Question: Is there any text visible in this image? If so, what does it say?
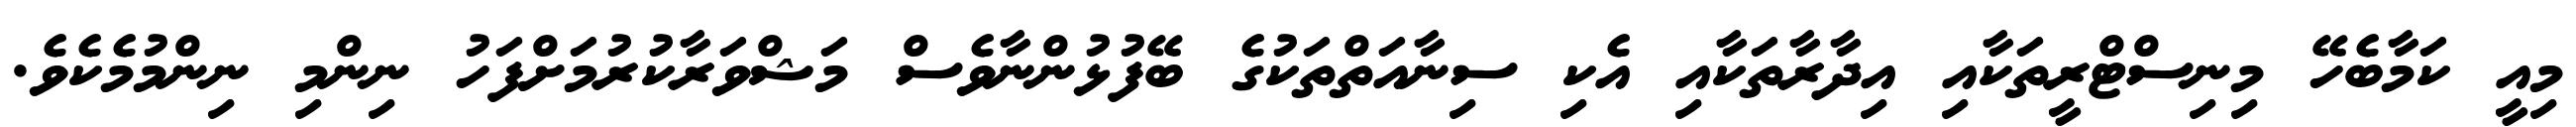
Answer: މިއީ ކަމާބެހޭ މިނިސްޓްރީތަކާއި އިދާރާތަކާއި އެކި ސިނާއަތްތަކުގެ ބޭފުޅުންނާވެސް މަޝްވަރާކުރުމަށްފަހު ނިންމި ނިންމުމެކެވެ.